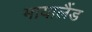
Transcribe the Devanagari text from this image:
मायालैंड